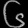
Digit: ၆